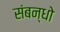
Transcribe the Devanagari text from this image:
संबन्धो